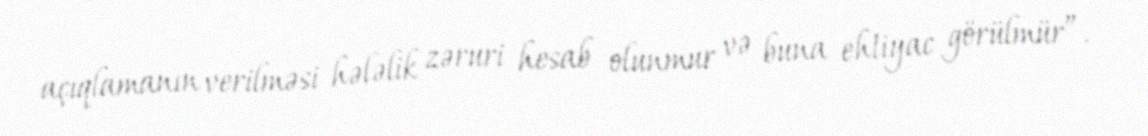
açıqlamanın verilməsi hələlik zəruri hesab olunmur və buna ehtiyac görülmür”.